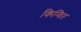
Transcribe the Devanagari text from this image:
किन्वित